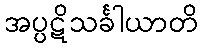
အပ္ပဋိသင်္ခါယာတိ